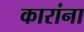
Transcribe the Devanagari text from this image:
कारांना